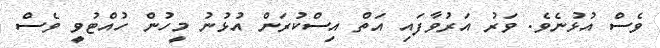
ވެސް އުޅުނެވެ. ވަރު އަރުވާފައި އަތް އިސްކުރަން އުޅުނު މީހުން ހުއްޓުވީ ވެސް